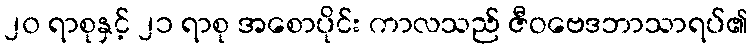
၂၀ ရာစုနှင့် ၂၁ ရာစု အစောပိုင်း ကာလသည် ဇီဝဗေဒဘာသာရပ်၏